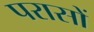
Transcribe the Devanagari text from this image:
परासों